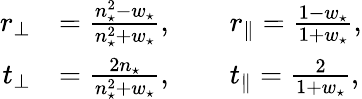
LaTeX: \begin{array}{rl}{r_{\perp}}&{=\frac{n_{\star}^{2}-w_{\star}}{n_{\star}^{2}+w_{\star}},\qquad r_{\parallel}=\frac{1-w_{\star}}{1+w_{\star}},}\\ {t_{\perp}}&{=\frac{2n_{\star}}{n_{\star}^{2}+w_{\star}},\qquad t_{\parallel}=\frac{2}{1+w_{\star}},}\end{array}